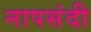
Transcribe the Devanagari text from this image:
नापसंदी